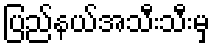
ပြည်နယ်အသီးသီးမှ